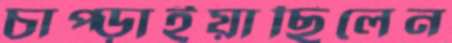
চাপ্‌ড়াইয়াছিলেন